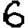
Digit: 6